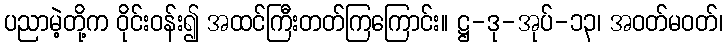
ပညာမဲ့တို့က ဝိုင်းဝန်း၍ အထင်ကြီးတတ်ကြကြောင်း။ ဋ္ဌ-ဒု-အုပ်-၁၃၊ အဝတ်မဝတ်၊